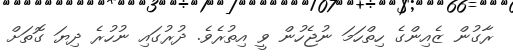
ރާގުން ޒެއިންގެ ހިތްހަމަ ނުޖެހުން ވީ އިތުރެވެ. ދުރުގައި ނުހުރެ ދިޔަ ގޮތަށް